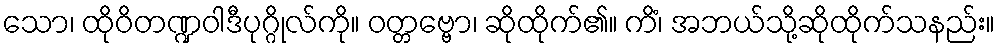
သော၊ ထိုဝိတဏ္ဍဝါဒီပုဂ္ဂိုလ်ကို။ ဝတ္တဗ္ဗော၊ ဆိုထိုက်၏။ ကိံ၊ အဘယ်သို့ဆိုထိုက်သနည်း။